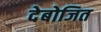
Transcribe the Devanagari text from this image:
देबोजित